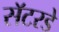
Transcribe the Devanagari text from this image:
सॅटरडे